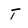
Character: t